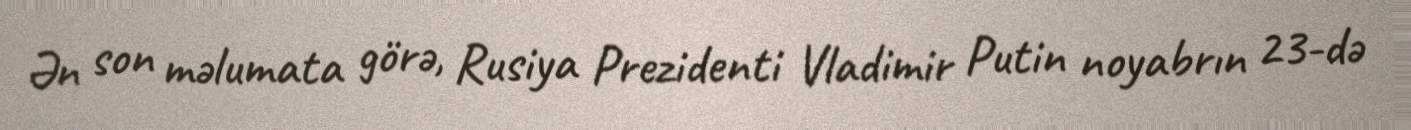
Ən son məlumata görə, Rusiya Prezidenti Vladimir Putin noyabrın 23-də